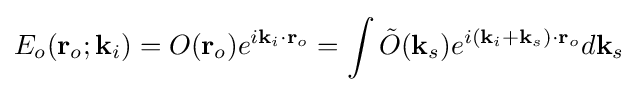
E_{o}(\mathbf {r} _{o};\mathbf {k} _{i})=O(\mathbf {r} _{o})e^{i\mathbf {k} _{i}\cdot \mathbf {r} _{o}}=\int {\tilde {O}}(\mathbf {k} _{s})e^{i(\mathbf {k} _{i}+\mathbf {k} _{s})\cdot \mathbf {r} _{o}}d\mathbf {k} _{s}